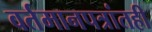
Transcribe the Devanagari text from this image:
वर्तमानपत्रांतही